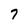
Character: 7